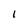
Character: 1